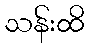
သန်းထိ